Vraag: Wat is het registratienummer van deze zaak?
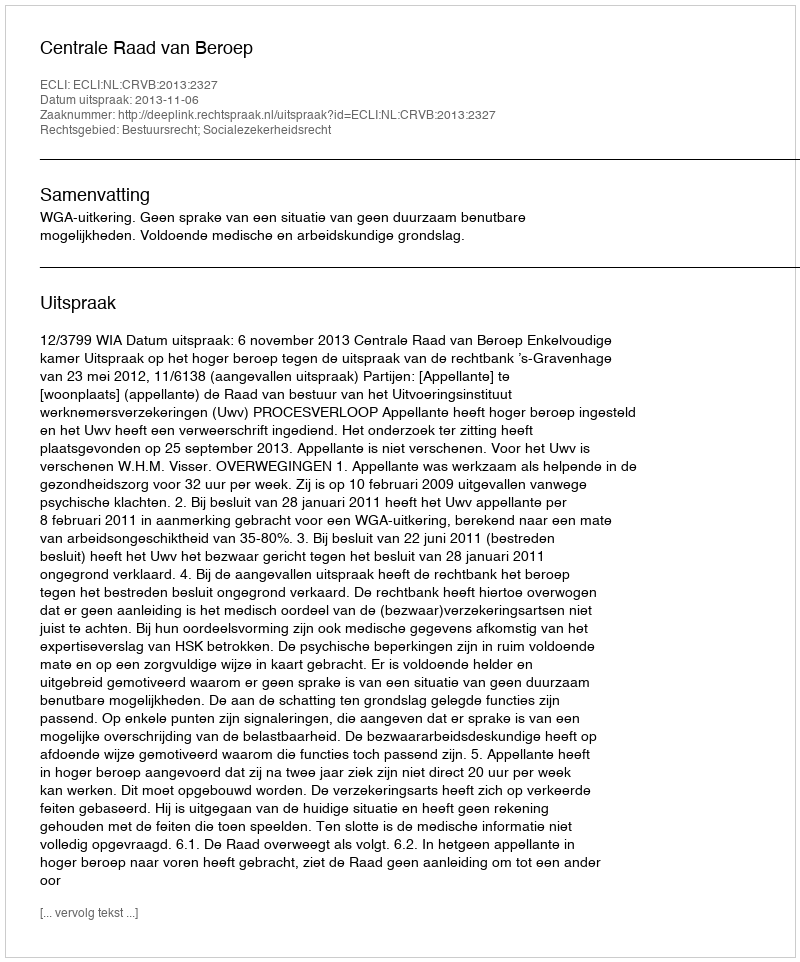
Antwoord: http://deeplink.rechtspraak.nl/uitspraak?id=ECLI:NL:CRVB:2013:2327